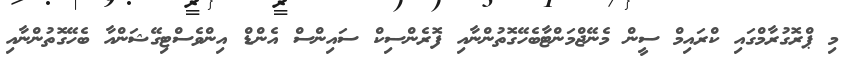
މި ޕްރޮގުރާމްގައި ކްރައިމް ސީން މެނޭޖްމަންޓާބެހޭގޮތުންނާއި ފޮރެންސިކް ސައިންސް އެންޑް އިންވެސްޓިގޭޝަންއާ ބެހޭގޮތުންނާއި